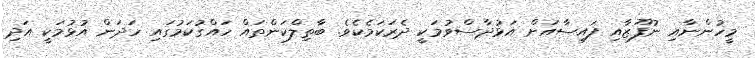
މީހުންނާއި ނުފޫޒާއި ފައިސާއަށް އަޅުދާސްވުމަކީ ދެރަކަމެކެވެ. ބާތިލްކަންތައް ހައްގުކަމުގައި ހަދަން އުޅުމަކީ އަދި